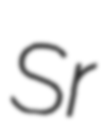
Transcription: Sr